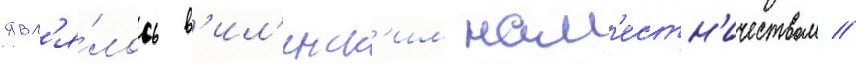
явл'я́лось в'ил'енск'им нам'естн'ичеством //